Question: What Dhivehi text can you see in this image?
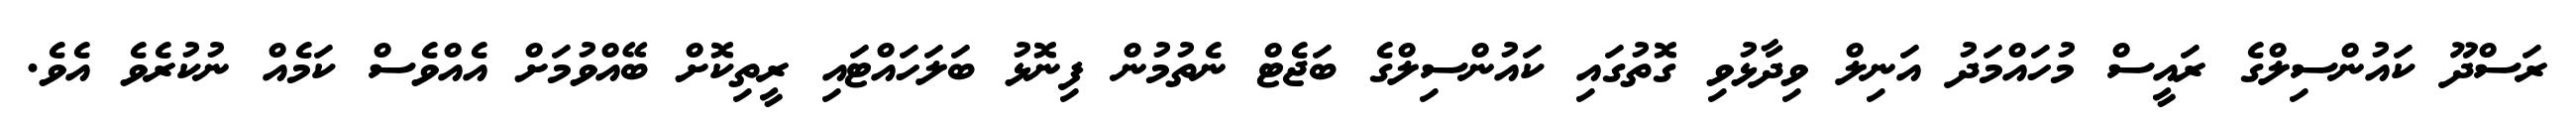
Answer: ރަސްދޫ ކައުންސިލްގެ ރައީސް މުހައްމަދު އަނިލް ވިދާޅުވި ގޮތުގައި ކައުންސިލްގެ ބަޖެޓް ނެތުމުން ފިނޮޅު ބަލަހައްޓައި ރީތިކޮށް ބޭއްވުމަށް އެއްވެސް ކަމެއް ނުކުރެވެ އެވެ.